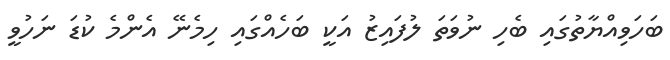
ބަހަވިއްޔާތުގައި ބެހި ނުވަތަ ލުފައިޒު އަކީ ބަހެއްގައި ހިމެނޭ އެންމެ ކުޑަ ނަހުވީ